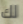
لك